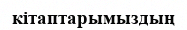
кітаптарымыздың